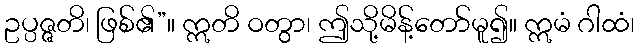
ဥပ္ပဇ္ဇတိ၊ ဖြစ်၏”။ ဣတိ ဝတွာ၊ ဤသို့မိန့်တော်မူ၍။ ဣမံ ဂါထံ၊